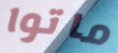
ماتوا